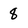
Character: 8